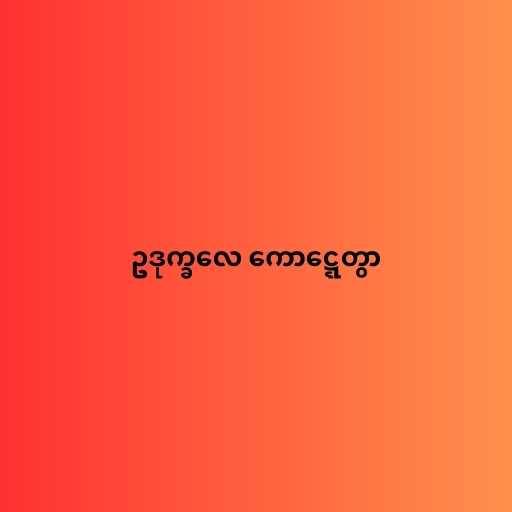
ဥဒုက္ခလေ ကောဋ္ဋေတွာ